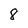
Character: 8